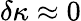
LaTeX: \delta\kappa\approx 0